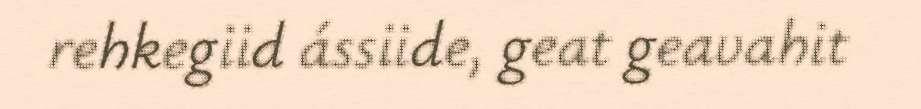
rehkegiid ássiide, geat geavahit